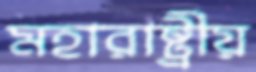
মহারাষ্ট্রীয়